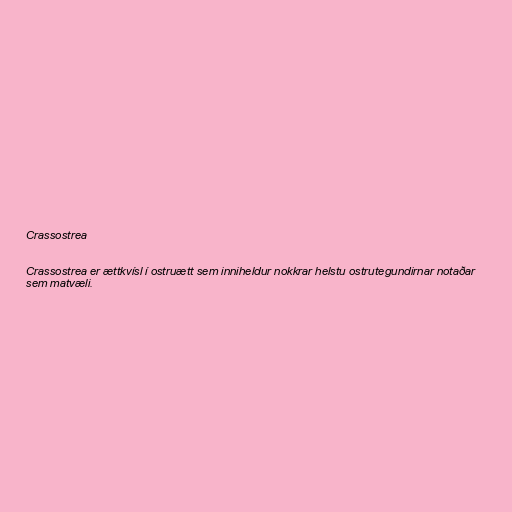
Crassostrea

Crassostrea er ættkvísl í ostruætt sem inniheldur nokkrar helstu ostrutegundirnar notaðar
sem matvæli.